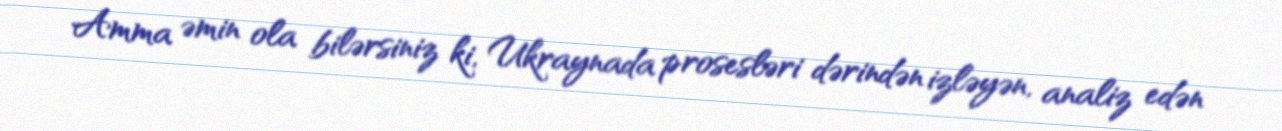
Amma əmin ola bilərsiniz ki, Ukraynada prosesləri dərindən izləyən, analiz edən